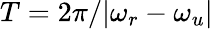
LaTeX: T=2\pi/|\omega_{r}-\omega_{u}|